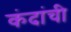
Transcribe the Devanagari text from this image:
कंदांची